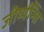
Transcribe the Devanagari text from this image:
जीर्य्यन्ति